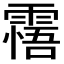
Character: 𩄭